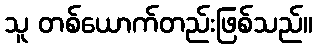
သူ တစ်ယောက်တည်းဖြစ်သည်။